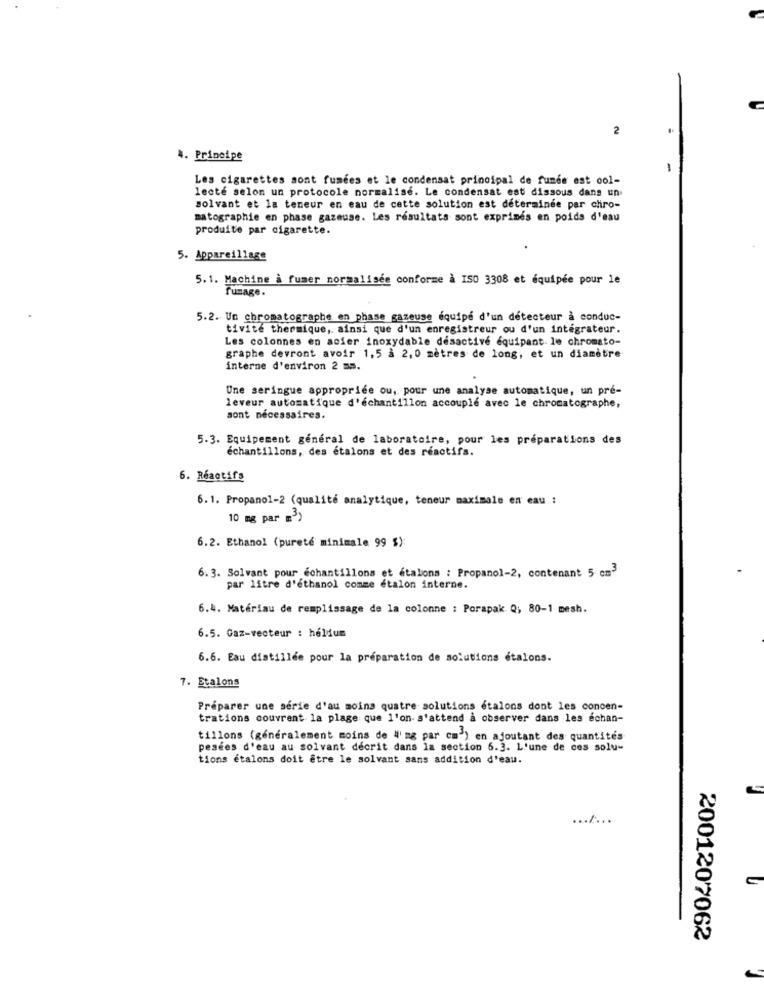
2
4. Principe
Les cigarettes sont fumées et le condensat principal de fumée est ool-
lecte selon un protocole normalise. Le condensat est dissous dans un
solvant et la teneur en eau de cette solution est determinee par chiro-
matographie en phase gazeuse. Les resultats sont exprimés en poids d'eau
produite par cigarette.
5. Appareillage
5.1. Machine à fumer normalisée conforme à ISO 3308 et équipée pour le
fumage.
5.2. Un chromatographe en phase gazeuse équipe d'un détecteur à conduc-
tivite thermique, ainsi que d'un enregistreur ou d'un intégrateur.
Les colonnes en acier inoxydable désactivé equipant. le chromato-
graphe devront avoir 1,5 à 2,0 mètres de long, et un diamètre
interne d'environ 2 ms.
Une seringue appropriée ou, pour une analyse automatique, un pré-
leveur automatique d'échantillon accouple avec le chromatographe,
sont nécessaires.
5.3. Equipement général de laboratoire, pour les préparations des
échantillons, des etalons et des réactifs.
6. Réactifs
6.1. Propanol-2 (qualité analytique, teneur maximale en eau :
10 mg par m3)
6.2. Ethanol (pureté minimale 99 $):
6.3. Solvant pour échantillons et étalons : Propanol-2, contenant 5 cm3
par litre d'ethanol comme etalon interne.
6.4. Matériau de remplissage de la colonne : Porapak Q; 80-1 mesh.
6.5. Gaz-vecteur : helium
6.6. Eau distillee pour la preparation de solutions etalons.
7. Etalons
Préparer une série d'au moins quatre solutions étalons dont les concen-
trations couvrent la plage que l'on- s'attend a observer dans les echan-
tillons (généralement moins de 4'mg par cm') en ajoutant des quantités
pesées d'eau au solvant décrit dans la section 6.3. L'une de ces solu-
tions étalons doit être le solvant sans addition d'eau.
.......
2001207062